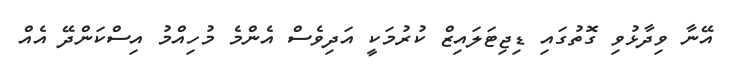
އޭނާ ވިދާޅުވި ގޮތުގައި ޑިޖިޓަލައިޒް ކުރުމަކީ އަދިވެސް އެންމެ މުހިއްމު އިސްކަންދޭ އެއް